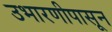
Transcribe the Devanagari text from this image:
उभारणीपासून